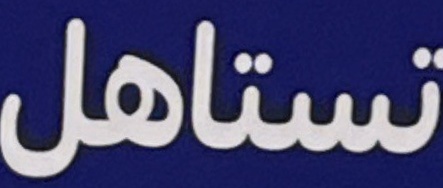
تستاهل